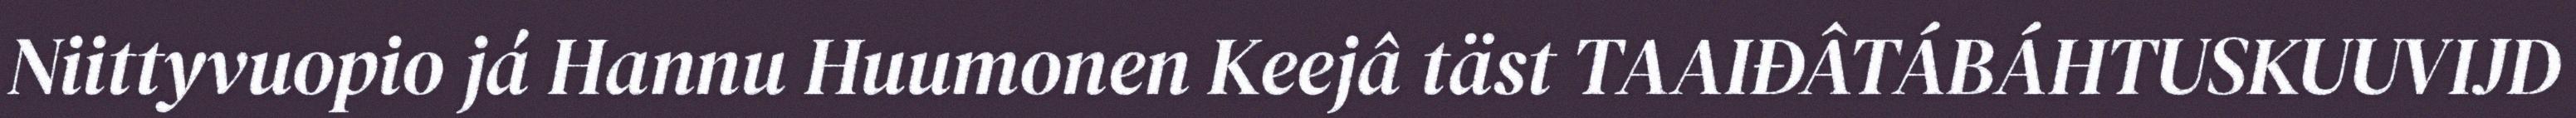
Niittyvuopio já Hannu Huumonen Keejâ täst TAAIĐÂTÁBÁHTUSKUUVIJD